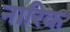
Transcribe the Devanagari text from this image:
नारिक